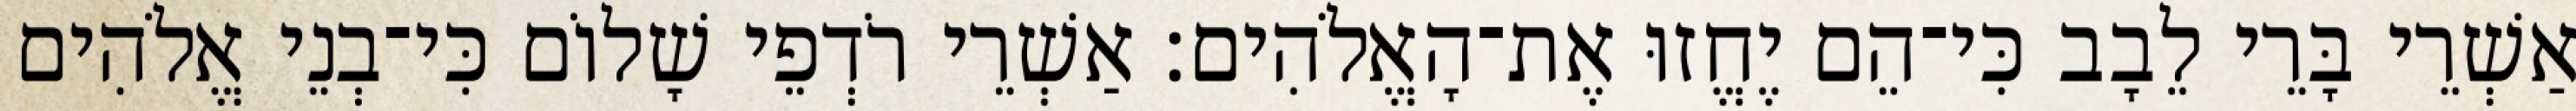
אַשְׁרֵי בָּרֵי לֵבָב כִּי־הֵם יֶחֱזוּ אֶת־הָאֱלֹהִים׃ אַשְׁרֵי רֹדְפֵי שָׁלוֹם כִּי־בְנֵי אֱלֹהִים